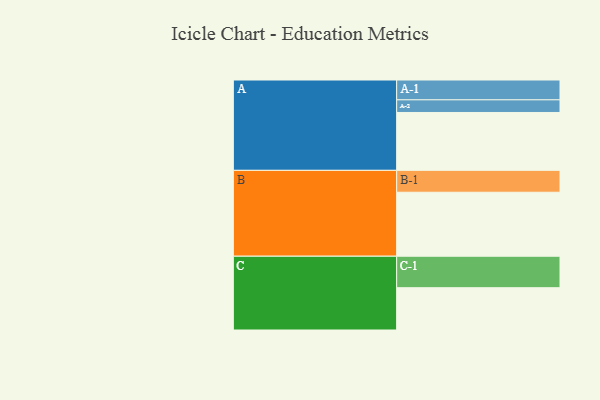
{"axis": {"x": "Segment", "y": "Value"}, "legend": ["", "A", "B", "C"], "data": [{"x": "A", "y": 531, "type": ""}, {"x": "B", "y": 587, "type": ""}, {"x": "C", "y": 388, "type": ""}, {"x": "A-1", "y": 182, "type": "A"}, {"x": "A-2", "y": 116, "type": "A"}, {"x": "B-1", "y": 201, "type": "B"}, {"x": "C-1", "y": 289, "type": "C"}]}